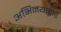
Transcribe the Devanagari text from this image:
अभिनयाद्वारे